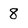
Character: 8